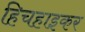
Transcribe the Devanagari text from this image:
हिचहाइकर